King Institute of Preventive Medicine Micro-Biological Section reports 1909-11
Year: 1909
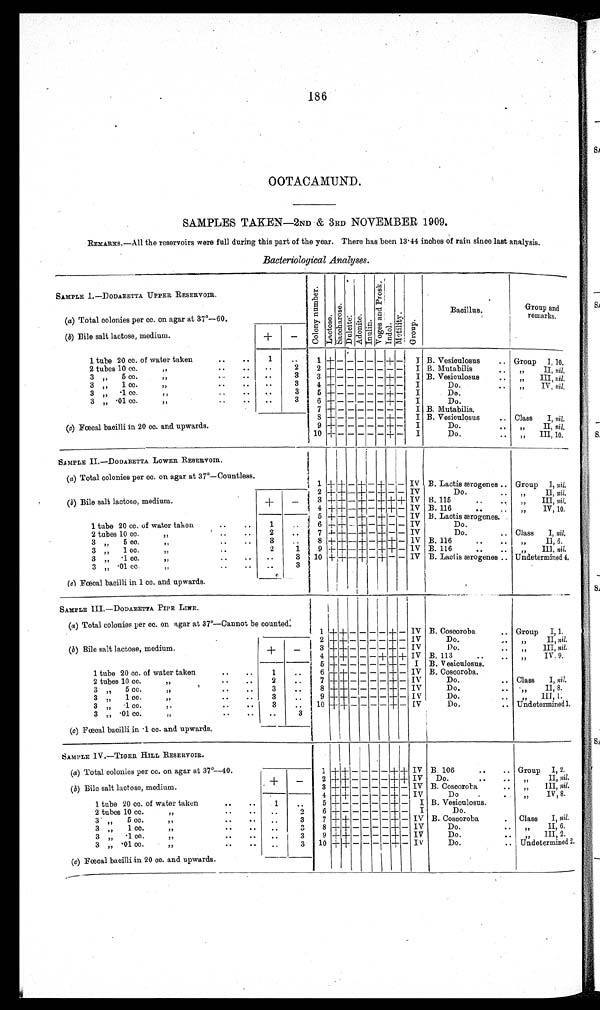
186
OOTACAMUND.
SAMPLES TAKEN—2ND &amp; 3RD NOVEMBER 1909.
REMARKS.—All the reservoirs were full during this part of the year. There has been 13.44 inches of rain since last analysis.
Bacteriological Analyses.
SAMPLE I.—DODABETTA UPPER RESERVOIR.
C o l o n y n u m b e r
Lact ose
S a c c h a r o s e
Dul ci t e
Adoni t e
I n u l i n
V o g e s a n d P r o s k
I n d o l
M o t i l i t y
G r o u p
B a c i l l u s .
Group and
remarks.
(a) Total colonies per cc. on agar at 37°—60.
(b) Bile salt lactose, medium.
+
-
1 tube 20 cc. of water taken
.
. .
1
..
1 + - - -
- - +
I B. Vesiculosus . .
Group
I , 1 0 .
+ —
2 tubes 10 cc.
„
..
. .
. .
2
2 + - - -
* - - --
- I B Mutabilis ..
, ,
I I ,
n i l .
3 „
5 cc.
, ,
. .
. .
3
3
+
- - -_-- - - _ -
+
-
I B. Vesioulosus ..
.....
, I I I ,n
i l .
3 ,,
1cc.
, ,
. . .
..
3
4 +
- -
- - +
I
-
Do...
..
IV, nil.
3 „ .1
, ,
..
..
..
3
5 + - -
I
Do. ..
-
- - + —
3 „ .01 cc.
, ,
-
. . .
. .
3
6 + -
-
I
+ —
Do ..
7 + -
-
- -
I B. Mutabilis.
-
-
-
8
+_
- - -
- - + - I B. Vesiculosus
.. Class
I, Nil.
(c) Fœcal bacilli in 20 cc. and upwards.
9
+ - - -
- - +- - — I
Do.
..
„
II, nil.
10 + - - -
- - + - I
Do ..
,,
III, 10.
SAMPLE II.—DODABETTA LOWER RESERVOIR.
(a) Total colonies per cc. on agar at 37°—Countless.
1 + + — +
-
+ — — IV B. Lactis ærogenes .. Group
I, nil.
2
+
+ — + — + -
- IV
„
II, nil.
(b) Bile salt lactose, medium.
+
—
Do.
..
3 +_ + - +- - + + +
IV B. 115
..
„
III, nil.
4 + + -
-
IV
++H—
B. 116
.. ..
,,
IV, 10.
5 + ± — + — +
— IV B. Lactis ærogenes.
1 tube 20 cc. of water taken
..
..
1
—
6 + +
- +
- + - . - 1 - - - 1 - - -
IV
Do.
7 + + -—+ — + — — IV
Class
I, nil,
2 tubes 10 cc.
,,
..
..
2
..
Do.
. .
8 + + -- + —
+ — IV B. 116
3 ,,
5 cc.
, ,
..
..
3
..
+
, II, 6.
B. 116
3 „
1 cc.
, ,
2
1
9 + +
+
- - + i - - - 1 - - - + — + + —
IV
III, nil.
IV
3 „
.1 cc.
, ,
..
..
..
3
10 + + - + — + — —
B. Lactis ærogenes .. Undetermined 4.
3 „ .01 cc.
,,
..
..
..
3
(c) Fœcal bacilli in 1 cc. and upwards.
SAMPLE III.—DODABETTA PIPE LINE.
-
B. Coscoroba
.. Group
I, 1.
(a) Total colonies per cc. on agar at 37°—Cannot be counted:
1
+ + — — —
+
-
IV
2
+ + — — — - + — IV
Do.
-.
(b) Bile salt lactose, medium.
+
—
,,
II, nil.
3
+ + —
— —
— IV
Do.
. .
—
, ,
I I I ,
n i l .
4
+
++- - - -+- -+ IV B. 113 113..
. .
,,
IV. 9.
5
+
- - - - + — I B. V esiculosus.
1 tube 20 cc. of water taken
..
..
1
..
.j
6
+ —
— —
— IV B. Coscoroba.
—
+
7
— —
IV
2 tubes 10 cc.
, ,
. .
. .
2
..
+
—
Do.
Class
I, nil.
—
+—
8
IV
..
Do.. -
- - - -+—
3 „,,
5 c c .
, , ,
..
. .
3
..
,,
II, 8.
9 + +
,,
III, i.
3 „,,
1 c c
, , , ,
.
. . .
3
. .
— - - - + - IV
Do.
. .
3 „,, ..1 cc.
,,,,,
.
3
..
10
+ + — — — — + — IV
Do.
.. Undetermined 1,
3 „ .01 cc. ,,
..
3
(c) Fœcal bacilli in .1 cc. and upwards.
SAMPLE IV.—TIGER HILL RESERVOIR.
.
+
(a) Total colonies per cc. on agar at 37°—40.
1
+
-
— — +
- IV B. 106
..
.. Group I, 2.
—
+ + — —
+ IV
Do. . .
. .
(b) Bile salt lactose, medium.
+
—
— — +
II, nil.
3 + + — —
— + — IV B. Coscoroba .. ..
—
, ,
I I I ,
n i l .
- -
+ - IV
Do
..
1 tube 20 cc. of water taken
..
..
1
..
4 +
-
,,
IV, 8.
—
—
—
I B. Vesiculosus.
5 +
— —
—
I
Do.
2 tubes 10 cc.
,,
..
..
..
2
6 + - - -
- +
7 + +
— — — +
IV B. Coscoroba
.
Class
I, nil.
3 „
5 cc.
, ,
..
..
..
3
—
8 + + — — —
— IV
3 „
1 cc.
, ,
..
....
3
— +
Do.
. . ,,
II, 6.
9 + + — — — — + — IV
Do.
. . ,,
III, 2.
3 „
.1 cc.
,,
..
..
. .
3
10 + + — - - - + - IV
Do.
.. Undetermined 2.
3 „ .01 cc.
,,
. . ..
..
3
(c) Fœcal bacilli in 20 cc. and upwards.